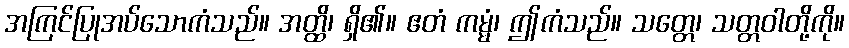
အကြင်ပြုအပ်သောကံသည်။ အတ္ထိ၊ ရှိ၏။ ဧတံ ကမ္မံ၊ ဤကံသည်။ သတ္တေ၊ သတ္တဝါတို့ကို။